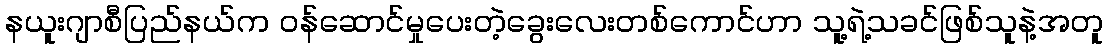
နယူးဂျာစီပြည်နယ်က ဝန်ဆောင်မှုပေးတဲ့ခွေးလေးတစ်ကောင်ဟာ သူ့ရဲ့သခင်ဖြစ်သူနဲ့အတူ